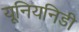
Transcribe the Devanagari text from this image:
यूनियनिडी